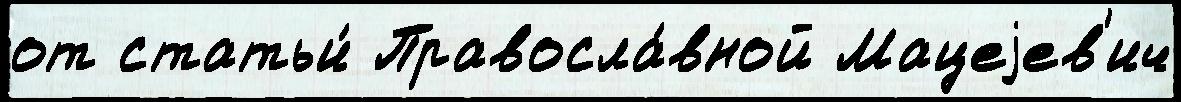
от статьи́ Правосла́вной Мацеjев'ич